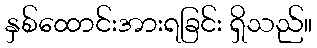
နှစ်ထောင်းအားရခြင်း ရှိသည်။